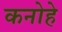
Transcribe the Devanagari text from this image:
कनोहे